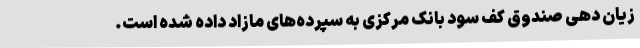
زیان دهی صندوق کف سود بانک مرکزی به سپرده‌های مازاد داده شده است.